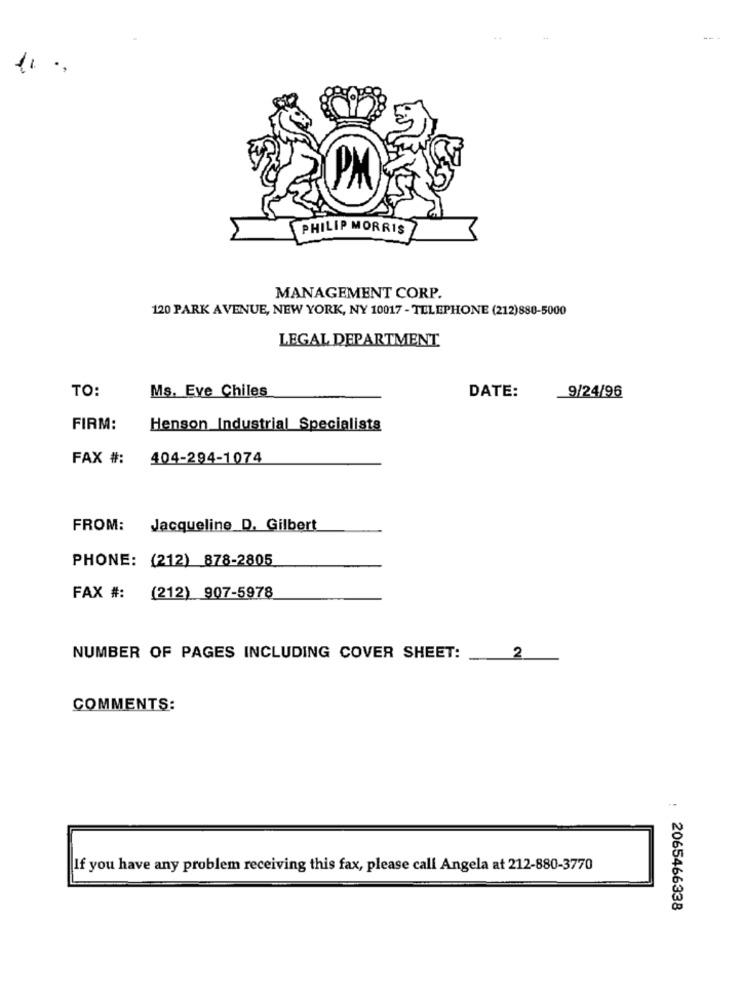
--
PM
PHILIP MORRIS
MANAGEMENT CORP.
120 PARK AVENUE, NEW YORK, NY 10017 - TELEPHONE (212)880-5000
LEGAL DEPARTMENT
TO:
Ms. Eve Chiles
DATE:
9/24/96
FIRM:
Henson Industrial Specialists
FAX #:
404-294-1074
FROM:
Jacqueline D. Gilbert
PHONE: (212) 878-2805
FAX #: (212) 907-5978
NUMBER OF PAGES INCLUDING COVER SHEET:
2
COMMENTS:
If you have any problem receiving this fax, please call Angela at 212-880-3770
: 2065466338